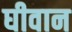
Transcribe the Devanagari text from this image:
घीवान